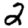
Digit: 2